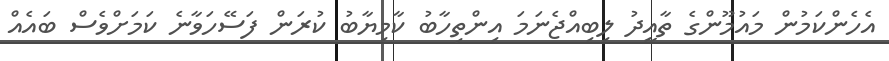
އެހެންކަމުން މައުމޫންގެ ތާއީދު ލިބިއްޖެނަމަ އިންތިހާބު ކާމިޔާބު ކުރަން ފަސޭހަވާނެ ކަމަށްވެސް ބައެއް